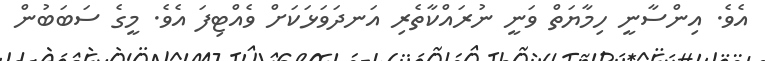
އެވެ. އިންސާނީ ހިމާޔަތް ވަނީ ނުރައްކާތެރި އަނދަވަޅަކަށް ވެއްޓިފަ އެވެ. މީގެ ސަބަބުން